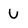
Character: U